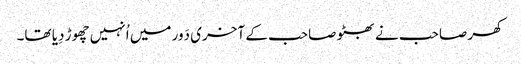
کھر صاحب نے بھٹو صاحب کے آخری دَور میں اُنہیں چھوڑ دِیا تھا۔